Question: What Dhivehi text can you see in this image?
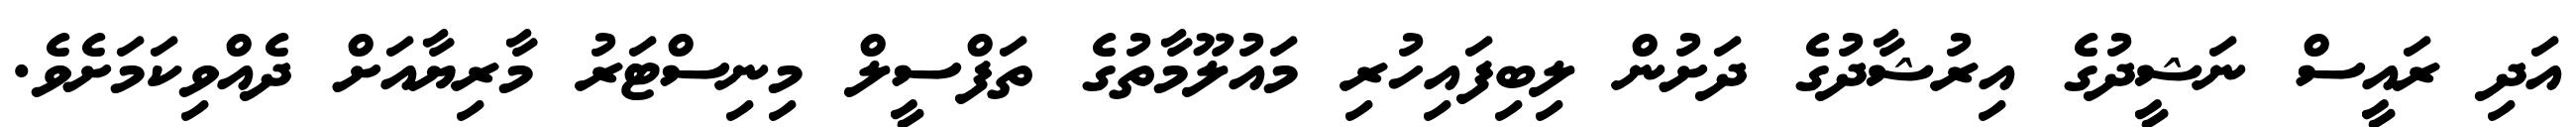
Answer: އަދި ރައީސް ނަޝީދުގެ އިރުޝާދުގެ ދަށުން ލިބިފައިހުރި މައުލޫމާތުގެ ތަފްސީލް މިނިސްޓަރު މާރިޔާއަށް ދެއްވިކަމަށެވެ.